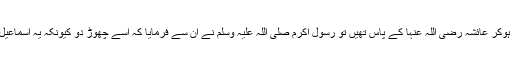
اور (3) بنوتمیم کی ایک خاتون قید ہوکر عائشہ رضی اللہ عنہا کے پاس تھیں تو رسول اکرم صلی اللہ علیہ وسلم نے ان سے فرمایا کہ اسے چھوڑ دو کیونکہ یہ اسماعیل علیہ السلام کی اولاد میں سے ہے۔